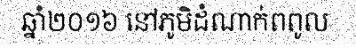
ឆ្នាំ២០១៦ នៅភូមិដំណាក់ពពូល